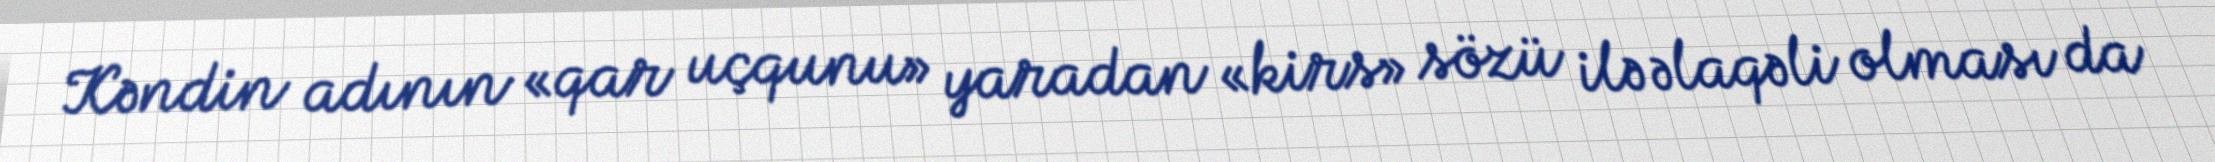
Kəndin adının «qar uçqunu» yaradan «kirs» sözü ilə əlaqəli olması da